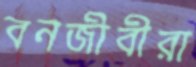
বনজীবীরা